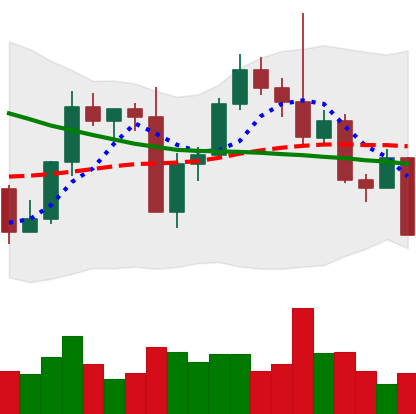
Ticker: LTC-USD
Chart end date: 2022-09-18
Forward return: 4.249%
Label: up_3_5